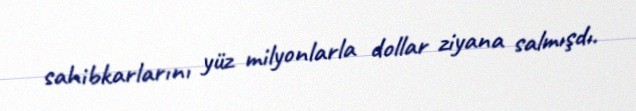
sahibkarlarını yüz milyonlarla dollar ziyana salmışdı.